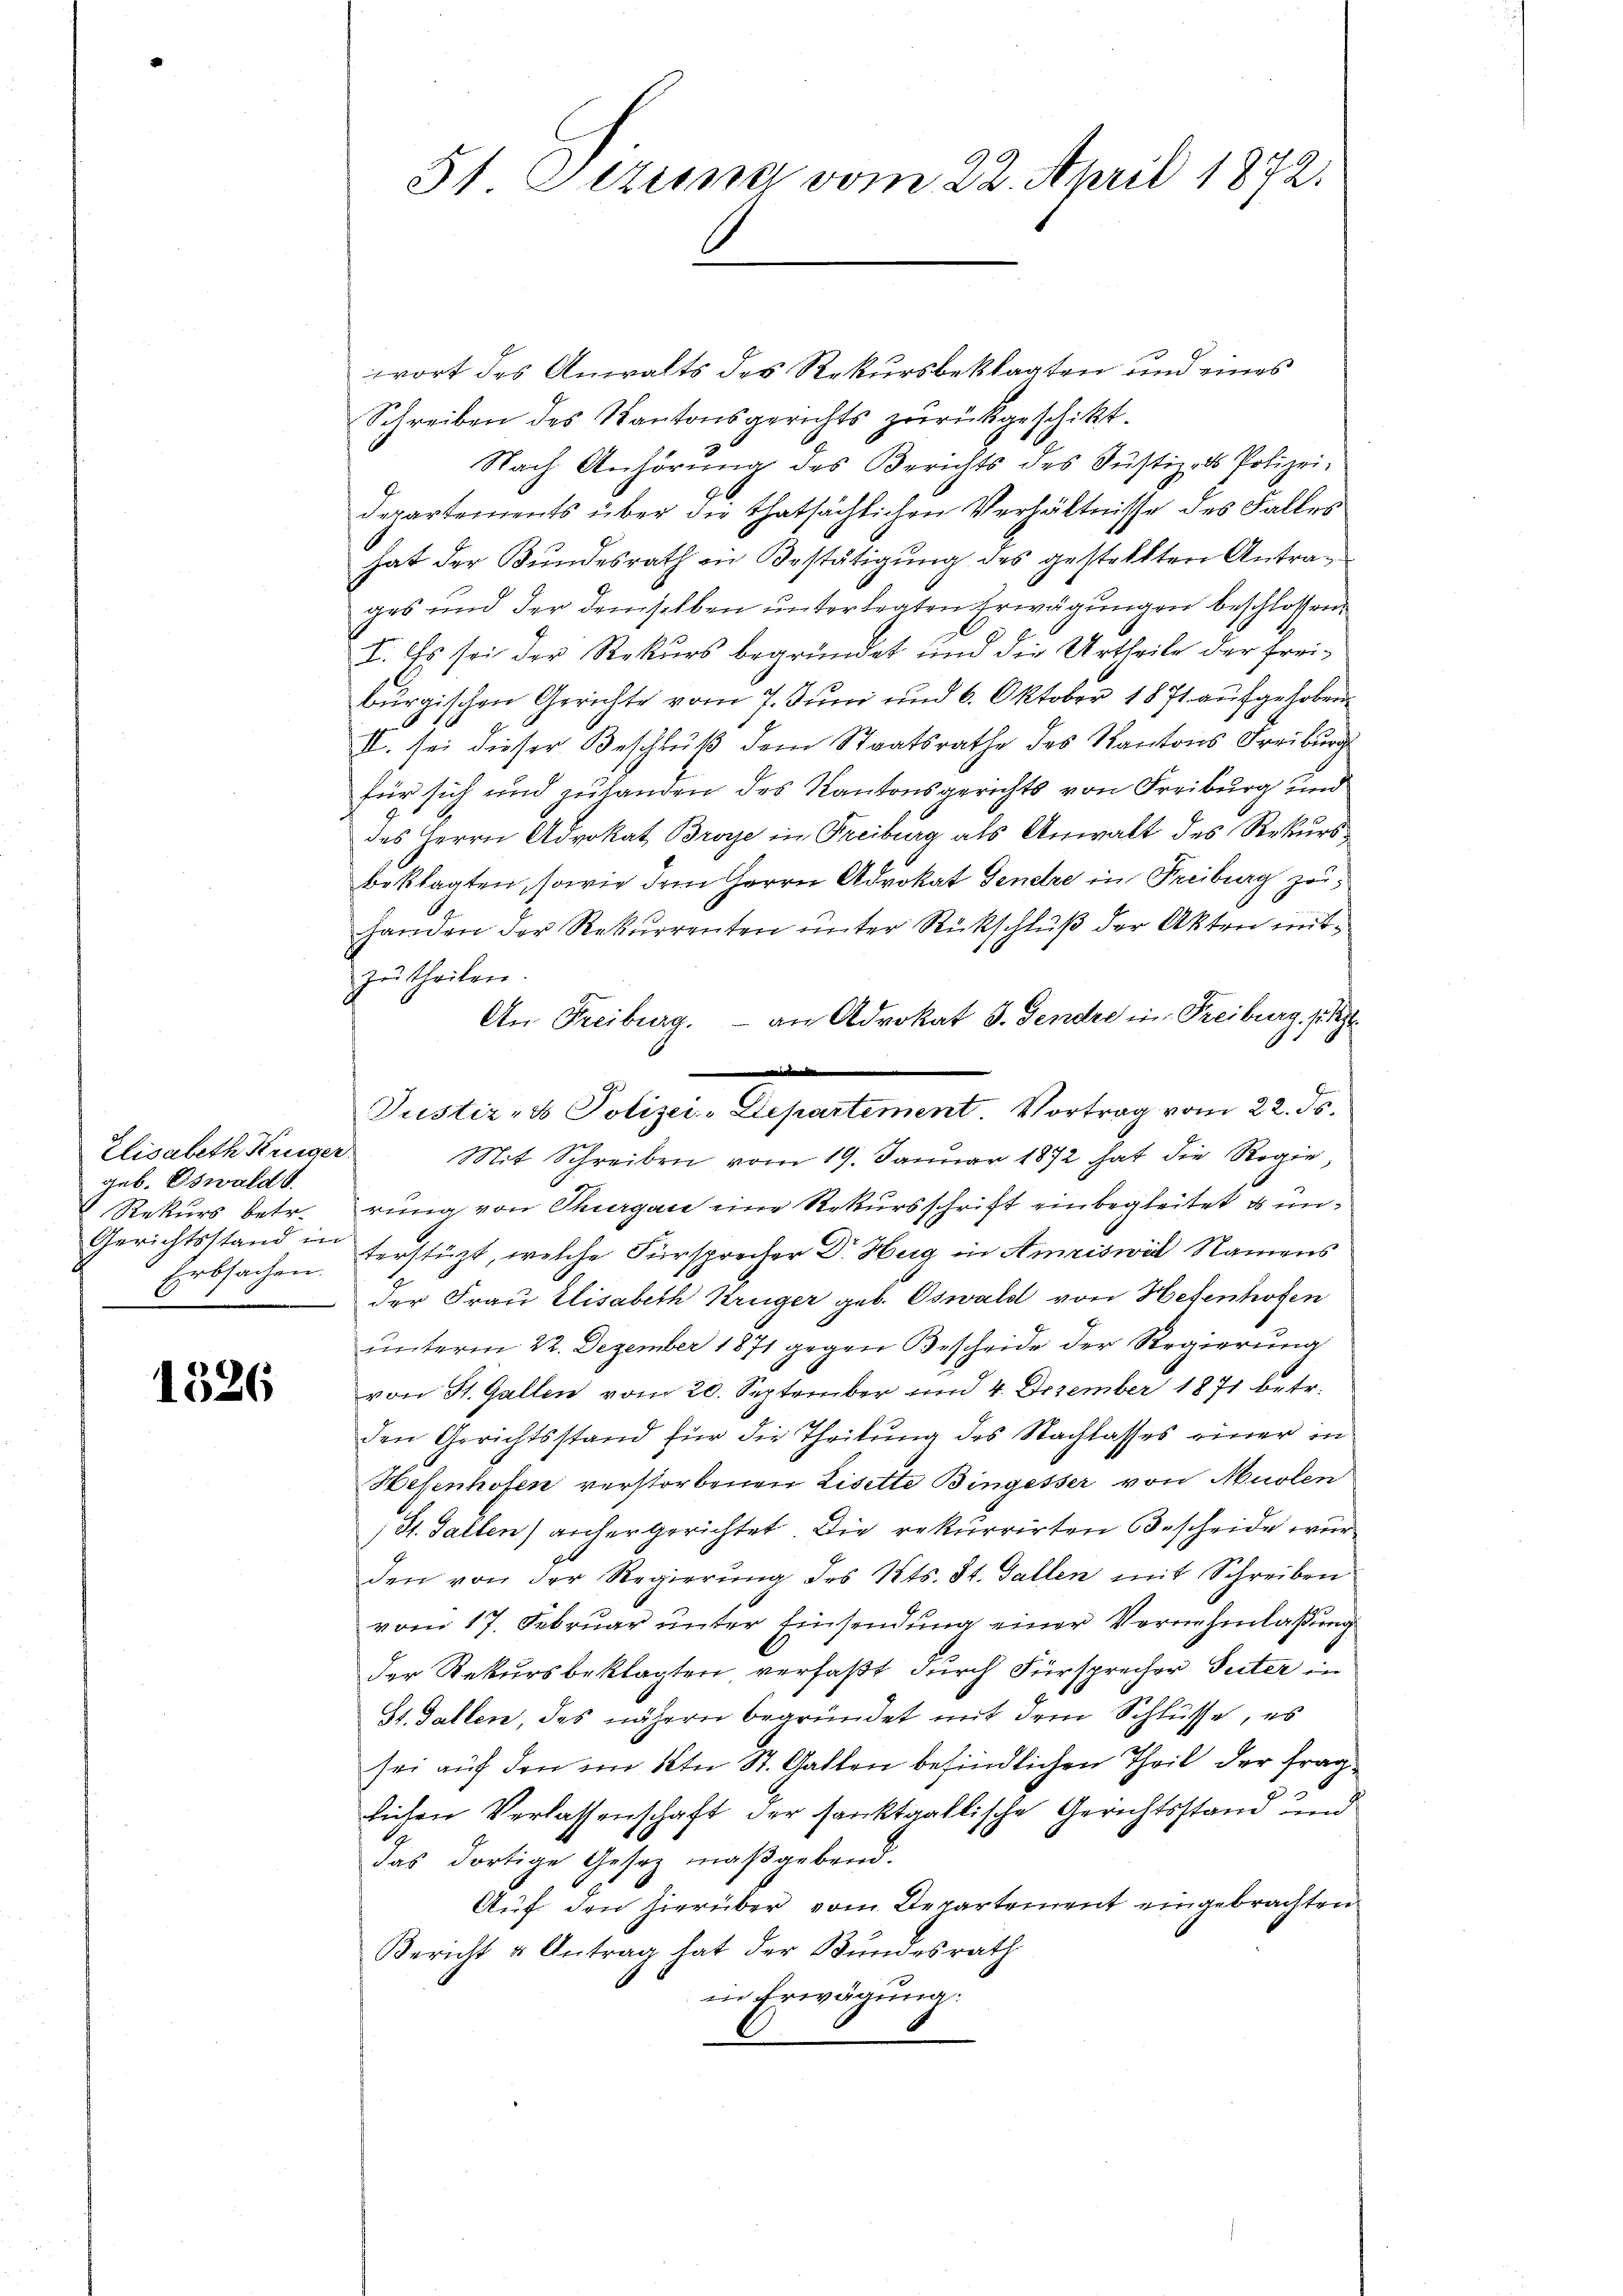
Elisabeth Krüger.
geb. Oswald
Gerichtsstand in

1326

wort des Anwalts des Rekursbeklagten und eines
Schreiben des Kantonsgerichts zŭrückgeschikt.
Nach Anhörŭng des Berichts des Justiz- & Polizei-
.
departements über die thatsächlichen Verhältnisse des Falles
hat der Bundesrath in Bestätigung des gestellten Antrages und der demselben unterlegten Erwägungen beschlossen
I. Es sei der Rekurs begründet und die Urtheile der freiburgischen Gerichte vom 7. Juni und 6. Oktober 1871 aufgehoben
II. sei dieser Beschluß dem Staatsrathe des Kantons Freiburg
für sich und zulanden des Kantonsgerichts von Freiburg und
des Herrn Advokat Broye in Freiburg als Anwalt des Rekursbeklagten, sowie dem Herrn Advokat Genere in Freiburg zuhanden der Rekurrenten ŭnter Rückschlŭβ der Akten mit
zŭ theilen.
An Freiburg. an Advokat J. Gendre in Freiburg i. R.
Mit Schreiben vom 19. Januar 1872 hat die Regie¬
Rekurs betr. rŭng von Thurgace eine Rekursschrift einbegleitet & un¬
Erbsachen. Herstüzt, welche Fürsprecher Dr. Hug in Amriswil Namens
 der Frau Elisabeth Krüger geb. Oswald von Hefenhofen
unterm 22. Dezember 1871 gegen Bescheide der Regierung
von St. Gallen vom 20. September und 4. Dezember 1871 betr.
den Gerichtsstand für die Theilung des Nachlasses einer in
Hesenhofen verstorbenen Lisette Bingesser von Muolen
St. Gallen) anhergerichtet. Die rekurrirten Bescheide wur
den von der Regierŭng des Kts. St. Gallen mit Schreiben
vom 17. Februar unter Einsendung einer Vernehmlassung
der Rekursbeklagten verfaßt durch Fürsprecher Seiter in
St. Gallen, das nähern begründet mit dem Schlüsse, es
sei auf den im Kt. St. Gallen befindlichen Theil der fraglichen Verlassenschaft der sanktgallische Gerichtsstand und
das dortige Gesez maßgebend.
Auf den hierüber vom Departement eingebrachten
Bericht u Antrag hat der Bundesrath
in Erwägung:

51 Sizung vom 22. April 1872.

d
Justiz- & Polizei-Departement. Vortrag vom 22. ds.